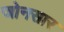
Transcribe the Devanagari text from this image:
जोनसार